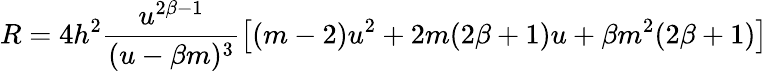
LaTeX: R=4h^{2}\frac{u^{2\beta-1}}{(u-\beta m)^{3}}\left[(m-2)u^{2}+2m(2\beta+1)u+\beta m^{2}(2\beta+1)\right]